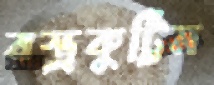
বস্ত্রকুট্টিম